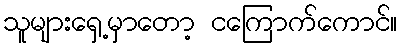
သူများရှေ့မှာတော့ ငကြောက်ကောင်။